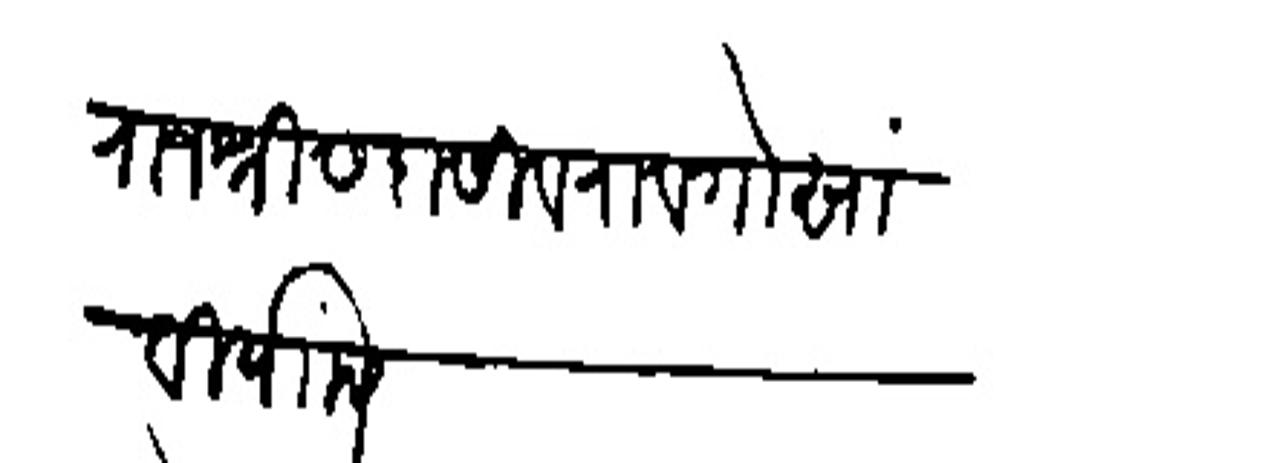
Transliteration (Devanagari): राजश्री सदासिवराव गोसावी यांसी